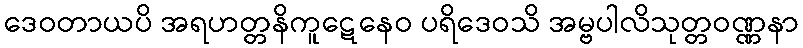
ဒေဝတာယပိ အရဟတ္တနိကူဋေနေဝ ပရိဒေဝသိ အမ္ဗပါလိသုတ္တဝဏ္ဏနာ